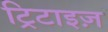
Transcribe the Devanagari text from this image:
ट्रिटाइज़